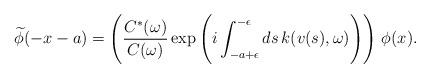
LaTeX: \begin{align*}\widetilde{\phi}(-x-a) = \Biggl(\frac{C^*(\omega)}{C(\omega)} \exp\left(i\int_{-a+\epsilon}^{-\epsilon}ds\, k(v(s),\omega)\Biggr)\right)\, \phi(x).\end{align*}